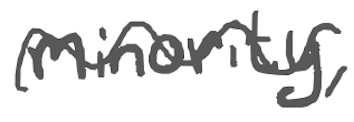
Text: minority,
Cross-out: wave
Writing tool: digital_gray